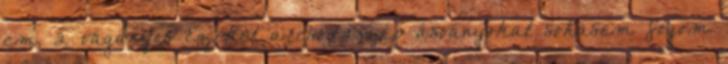
cm, 2 vágányos Ezeket a csodaszép ásványokat sohasem fogom